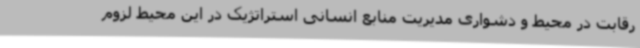
رقابت در محیط و دشواری مدیریت منابع انسانی استراتژیک در این محیط لزوم